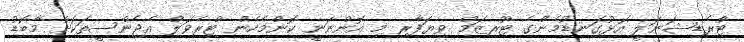
ޓްރެޑިޝަނަލީ އަޅުގަނޑުމެންގެ ޓޫރިޒަމް ވިޔަފާރި މި އޮންނަނީ ކޮންމެހެން ޓްރެވަލް އެޖެންސީތަކަށް މާބޮޑު